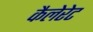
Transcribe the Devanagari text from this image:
कैलेरेट